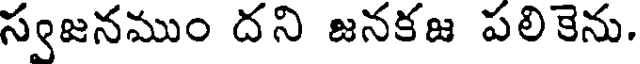
స్వజనముం దని జనకజ పలికెను.